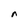
Character: n